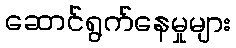
ဆောင်ရွက်နေမှုများ